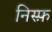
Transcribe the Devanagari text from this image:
निस्फ़